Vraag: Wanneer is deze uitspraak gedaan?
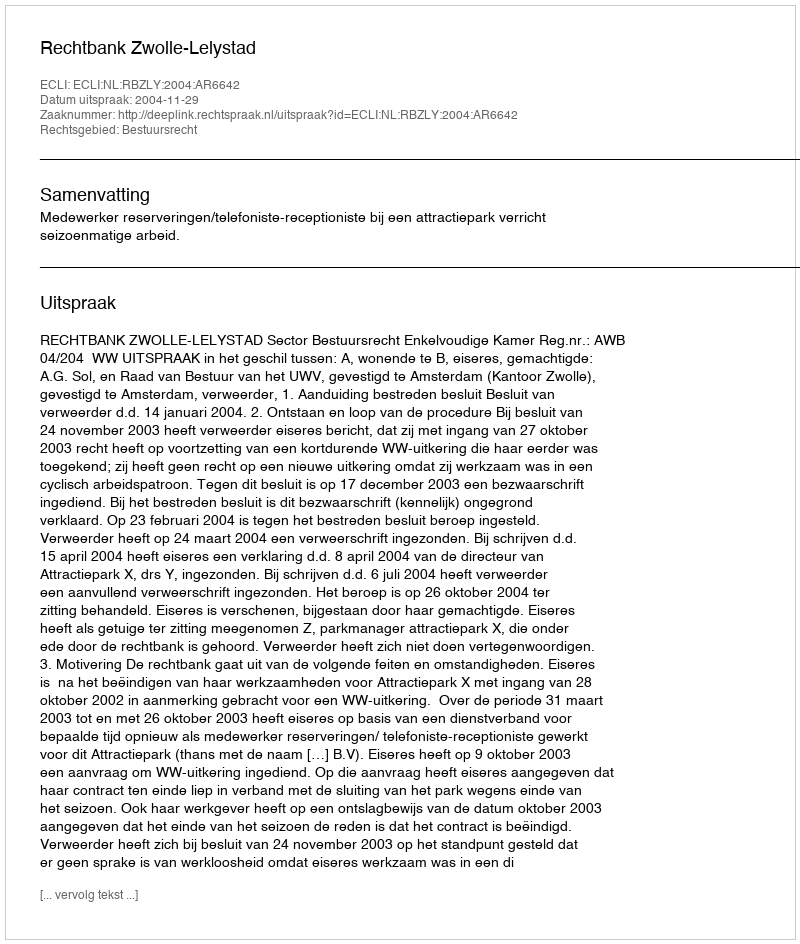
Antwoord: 2004-11-29